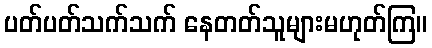
ပတ်ပတ်သက်သက် နေတတ်သူများမဟုတ်ကြ။